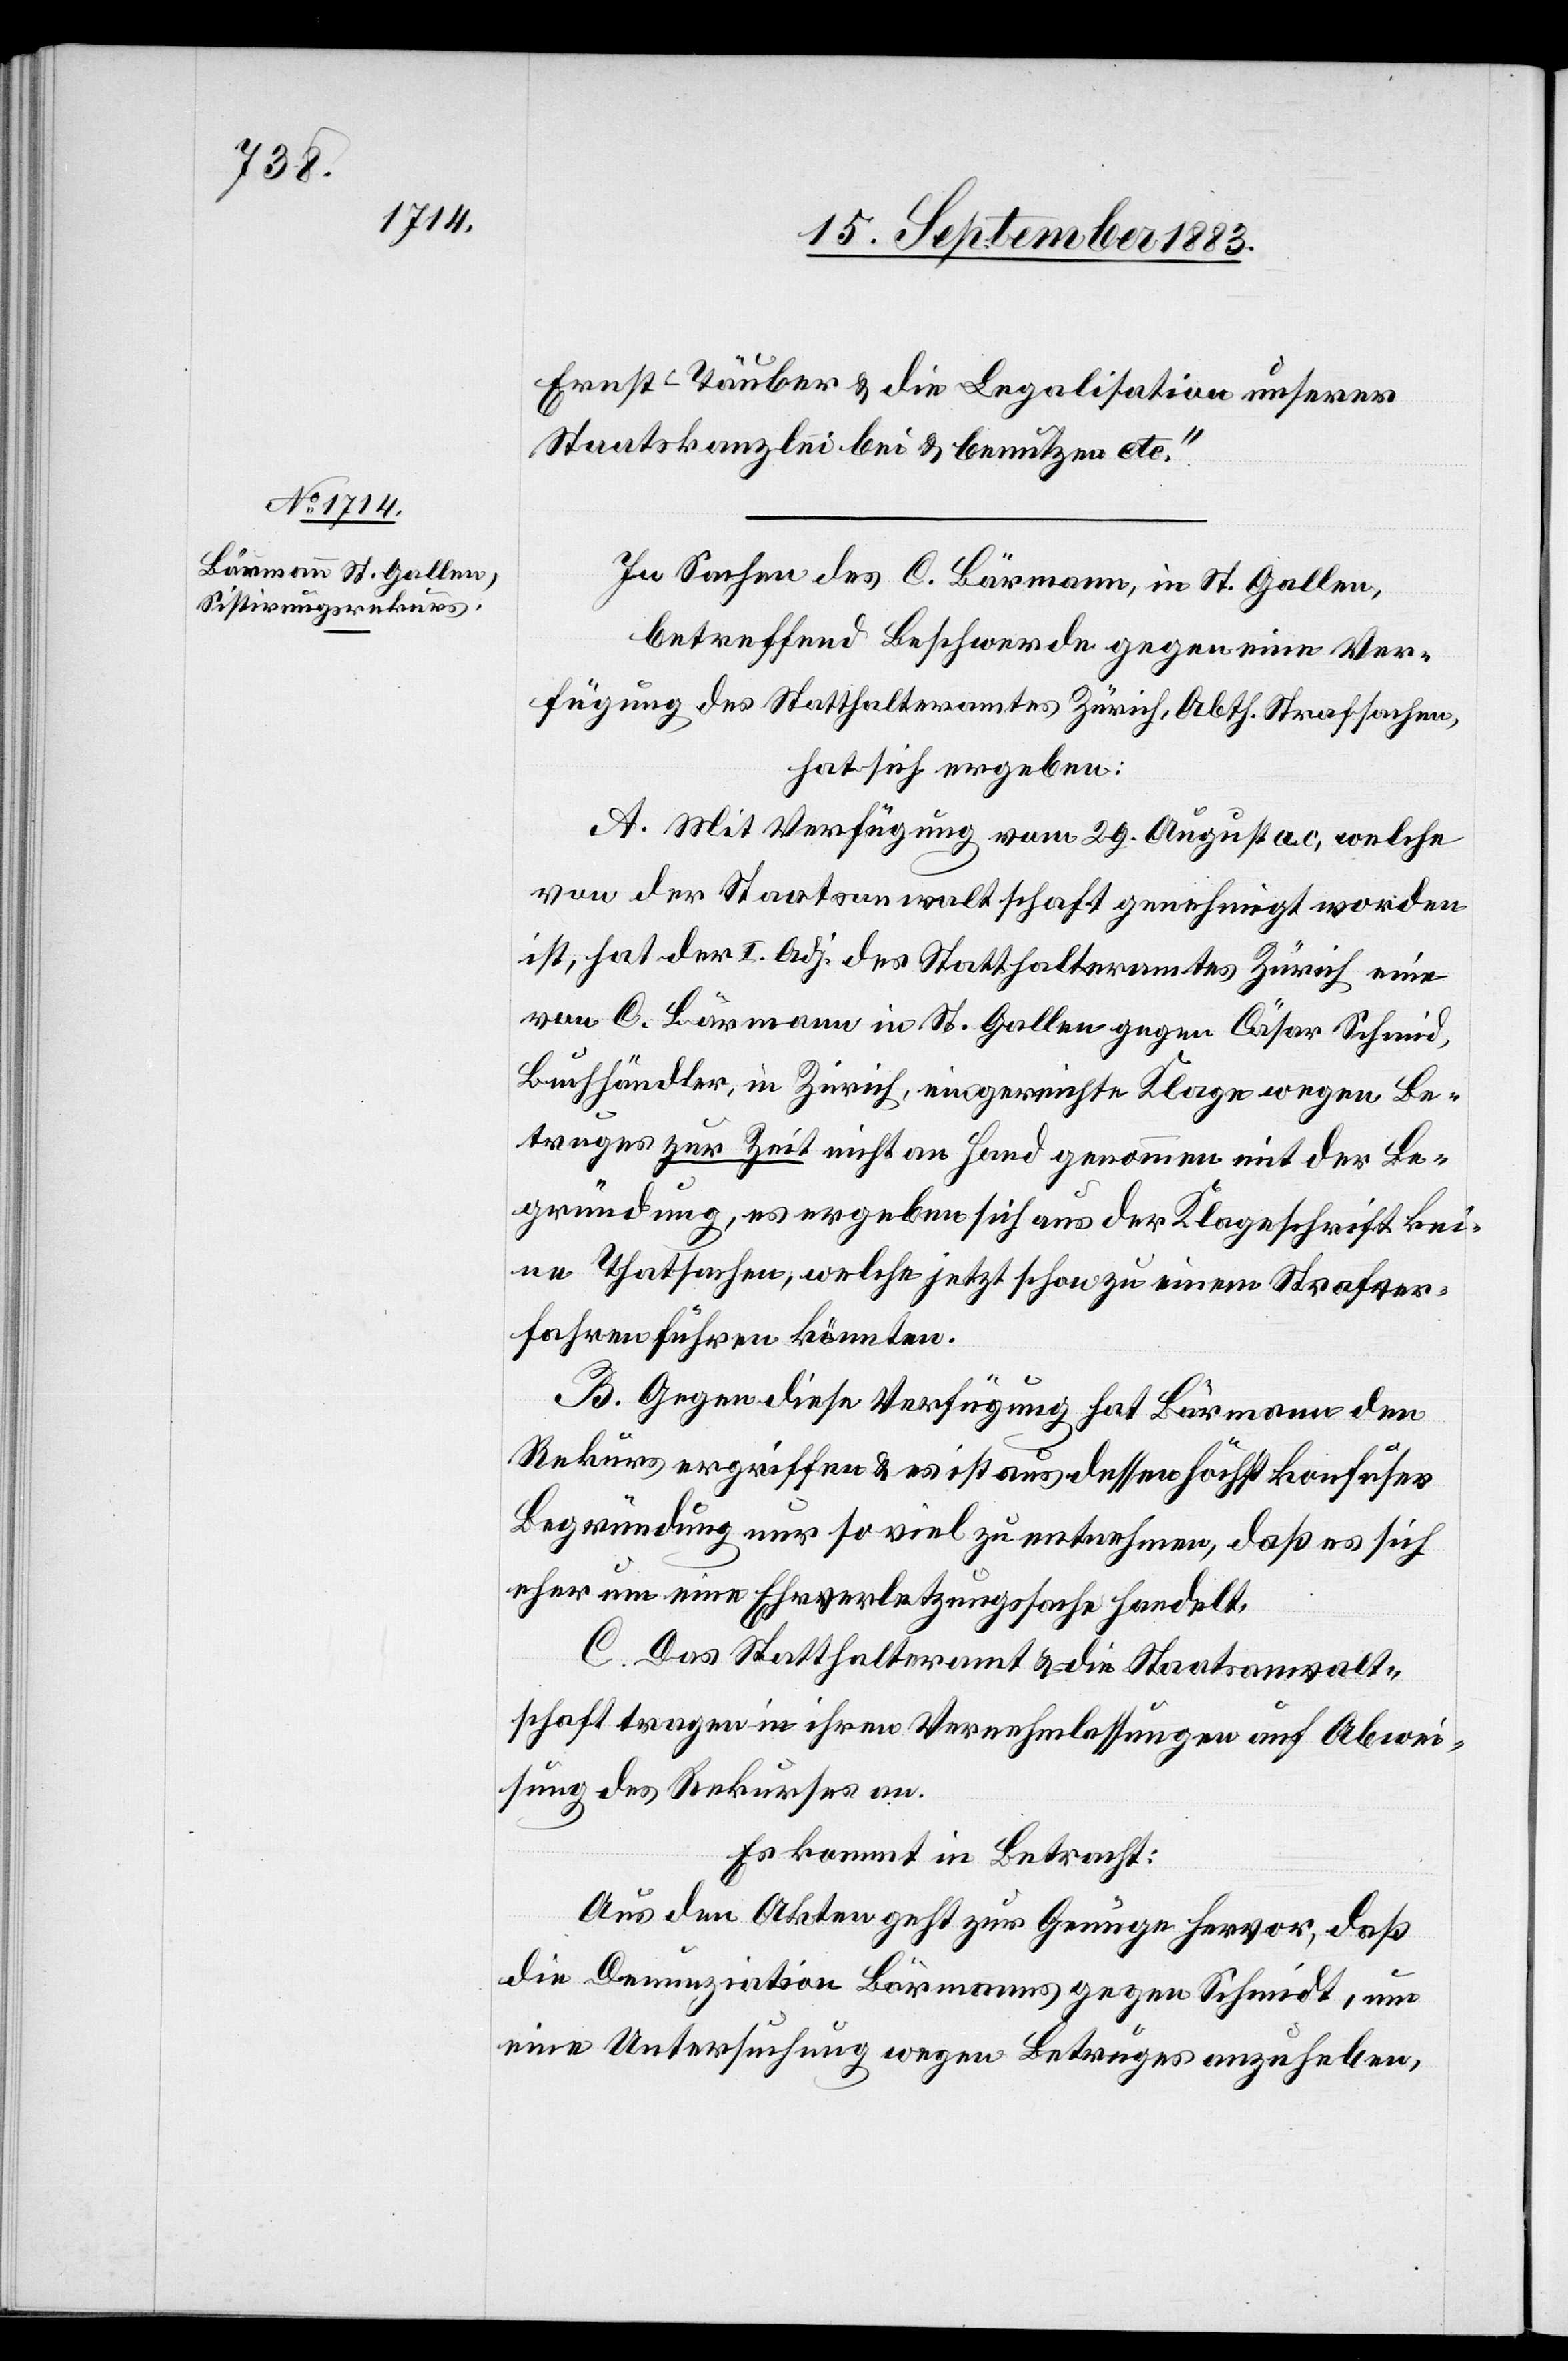
Ernst-Täuber & die Legalisation unserer
Staatskanzlei bei & benutzen etc.“
In Sachen des C. Bärmann, in St. Gallen,
betreffend Beschwerde gegen eine Ver¬
fügung des Statthalteramtes Zürich, Abth. Strafsachen,
hat sich ergeben:
A. Mit Verfügung vom 29. August a. c., welche
von der Staatsanwaltschaft genehmigt worden
ist, hat der I. Adj. des Statthalteramtes Zürich eine
von C. Bärmann in St. Gallen gegen Cäsar Schmid,
Buchhändler, in Zürich, eingereichte Klage wegen Be¬
truges zur Zeit nicht an Hand genommen mit der Be¬
gründung, es ergeben sich aus der Klageschrift kei¬
ne Thatsachen, welche jetzt schon zu einem Strafver¬
fahren führen könnten.
B. Gegen diese Verfügung hat Bärmann den
Rekurs ergriffen & es ist aus dessen höchst konfuser
Begründung nur so viel zu entnehmen, daß es sich
eher um eine Ehrverletzungssache handelt.
C. Das Statthalteramt & die Staatsanwalt¬
schaft tragen in ihren Vernehmlassungen auf Abwei¬
sung des Rekurses an.
Es kommt in Betracht:
Aus den Akten geht zur Genüge hervor, daß
die Denunziation Bärmanns gegen Schmidt
eine Untersuchung wegen Betruges anzuheben,